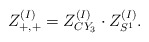
\begin{align*}Z^{(I)}_{+,+}=Z_{CY_3}^{(I)} \cdot Z_{S^1}^{(I)}.\end{align*}